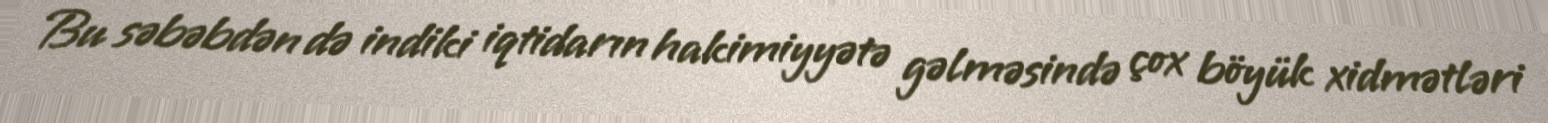
Bu səbəbdən də indiki iqtidarın hakimiyyətə gəlməsində çox böyük xidmətləri